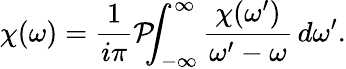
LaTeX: \chi(\omega)={\frac{1}{i\pi}}{\mathcal{P}}\! \! \! \int_{-\infty}^{\infty}{\frac{\chi(\omega^{\prime})}{\omega^{\prime}-\omega}}\, d\omega^{\prime}.